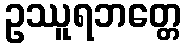
ဥဿူရဘတ္တေ